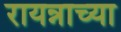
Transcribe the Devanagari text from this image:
रायन्नाच्या